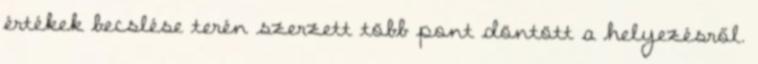
értékek becslése terén szerzett több pont döntött a helyezésről.